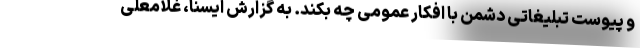
و پیوست تبلیغاتی دشمن با افکار عمومی چه بکند. به گزارش ایسنا، غلامعلی